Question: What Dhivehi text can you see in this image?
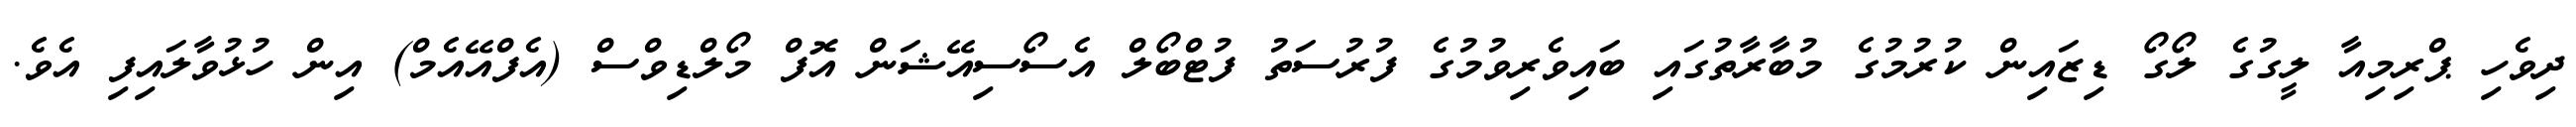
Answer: ދިވެހި ޕްރިމިއާ ލީގުގެ ލޯގޯ ޑިޒައިން ކުރުމުގެ މުބާރާތުގައި ބައިވެރިވުމުގެ ފުރުސަތު ފުޓްބޯލް އެސޯސިއޭޝަން އޮފް މޯލްޑިވްސް (އެފްއޭއެމް) އިން ހުޅުވާލައިފި އެވެ.